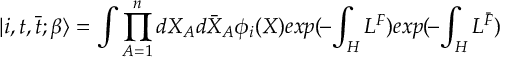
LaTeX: | i , t , { \bar { t } } ; \beta \rangle = \int \prod _ { A = 1 } ^ { n } d X _ { A } d { \bar { X } } _ { A } \phi _ { i } ( X ) e x p ( \! - \! \int _ { H } { \cal L } ^ { F } ) e x p ( \! - \! \int _ { H } { \cal L } ^ { \bar { F } } )